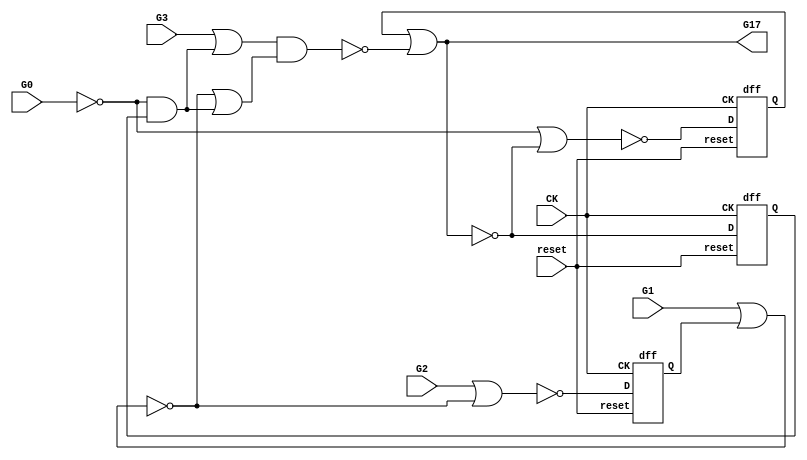


module s27(CK,G0,G1,G17,G2,G3,reset);
input CK,G0,G1,G2,G3,reset;
output G17;

  wire G5,G10,G6,G11,G7,G13,G14,G8,G15,G12,G16,G9;

  dff DFF_0(CK,G5,G10,reset);
  dff DFF_1(CK,G6,G11,reset);
  dff DFF_2(CK,G7,G13,reset);
  not NOT_0(G14,G0);
  not NOT_1(G17,G11);
  and AND2_0(G8,G14,G6);
  or OR2_0(G15,G12,G8);
  or OR2_1(G16,G3,G8);
  nand NAND2_0(G9,G16,G15);
  nor NOR2_0(G10,G14,G11);
  nor NOR2_1(G11,G5,G9);
  nor NOR2_2(G12,G1,G7);
  nor NOR2_3(G13,G2,G12);

endmodule

module dff (CK,Q,D,reset);
input CK,D,reset;
output reg Q;
always@(posedge CK)
begin 
if (reset==1'b1)
   Q<=1'b0;
else
   Q <= D;
end

endmodule